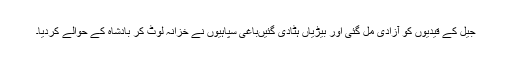
جیل کے قیدیوں کو آزادی مل گئی اور بیڑیاں ہٹادی گئیںباغی سپاہیوں نے خزانہ لوٹ کر بادشاہ کے حوالے کردیا۔